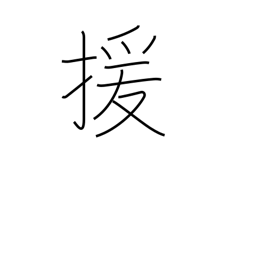
Meaning: abet